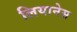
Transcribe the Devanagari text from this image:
लियानेस